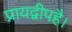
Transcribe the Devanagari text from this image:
प्रायद्वीपहै।